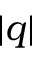
| q |